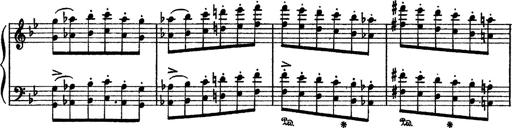
Title: Sarabande und Chaconne aus dem Singspiel
Composer: Franz Liszt